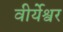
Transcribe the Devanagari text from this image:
वीर्येश्वर